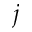
j